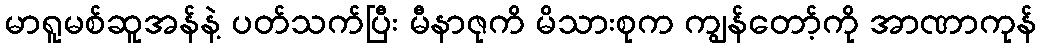
မာရူမစ်ဆူအန်နဲ့ ပတ်သက်ပြီး မီနာဇုကိ မိသားစုက ကျွန်တော့်ကို အာဏာကုန်